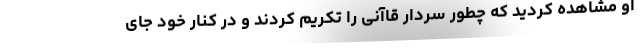
او مشاهده کردید که چطور سردار قاآنی را تکریم کردند و در کنار خود جای